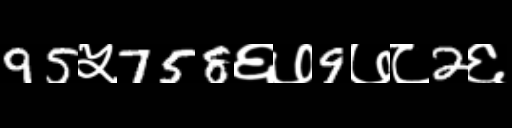
Text: 95५758६७9७८2६